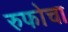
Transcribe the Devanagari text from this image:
रुफोचा